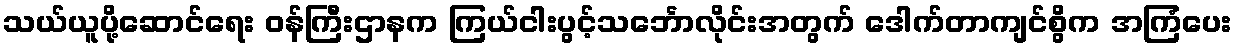
သယ်ယူပို့ဆောင်ရေး ဝန်ကြီးဌာနက ကြယ်ငါးပွင့်သင်္ဘောလိုင်းအတွက် ဒေါက်တာကျင်စွိက အကြံပေး